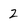
Character: 2